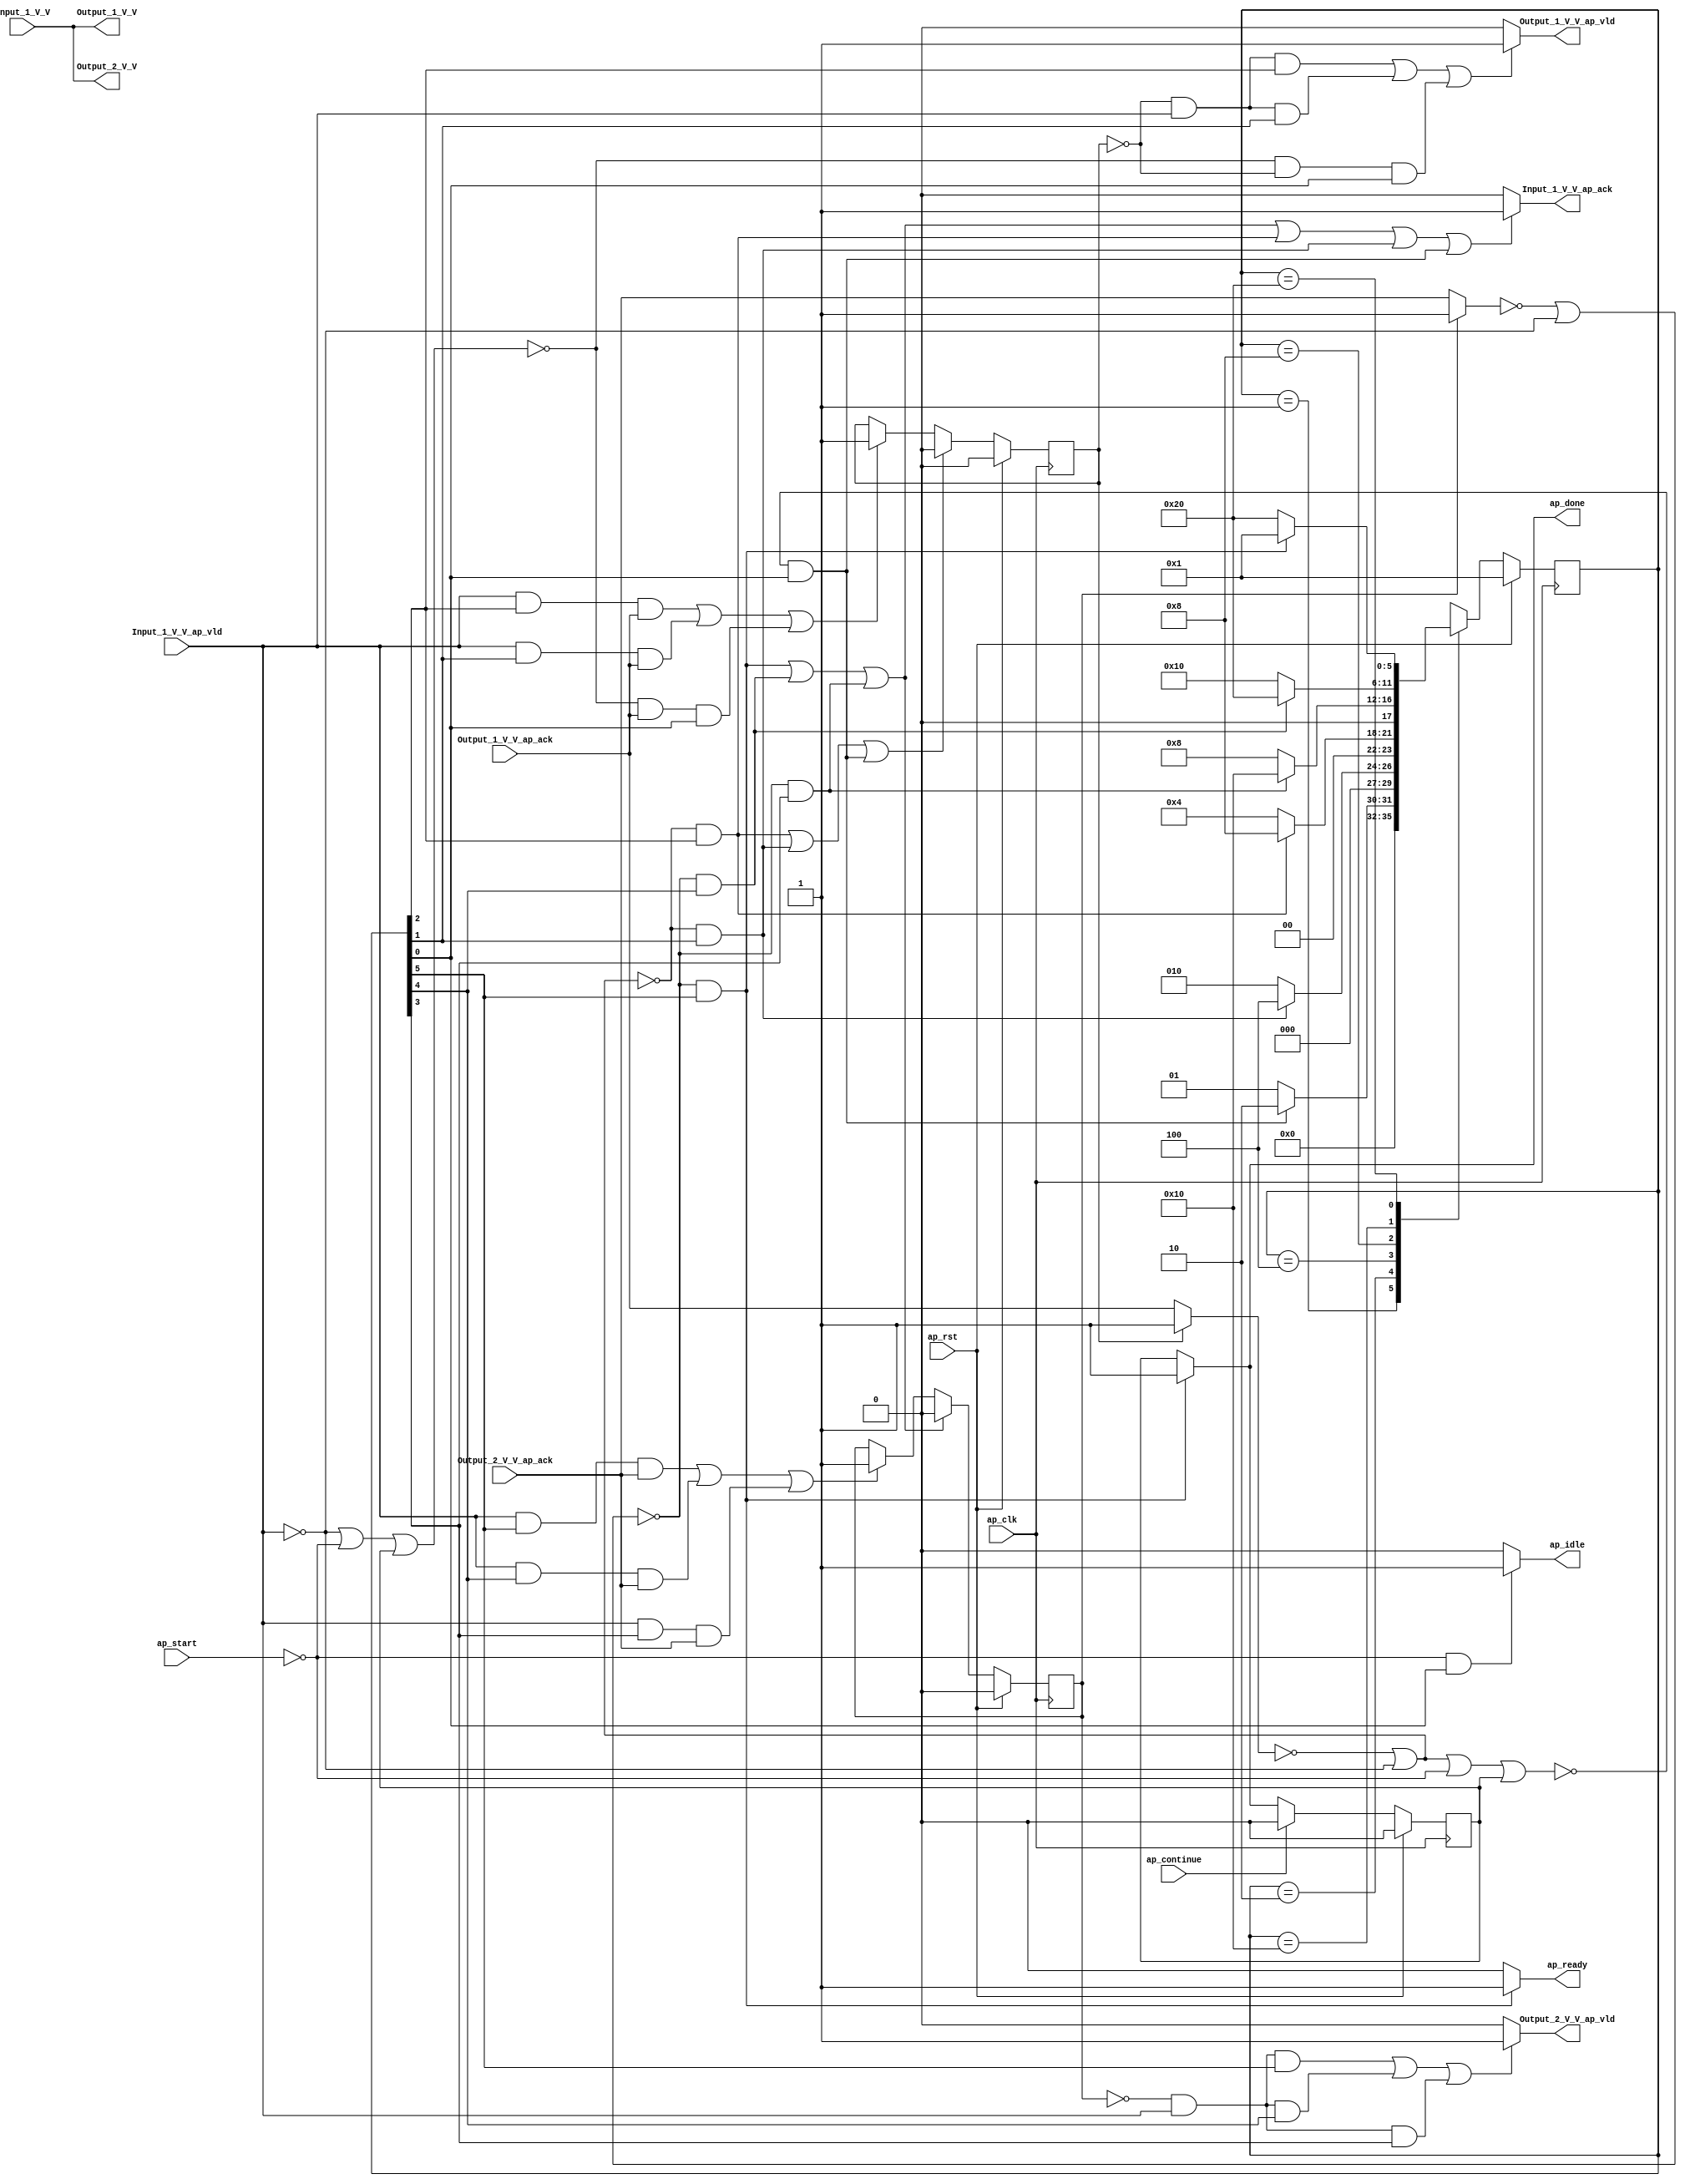
// ==============================================================
// RTL generated by Vivado(TM) HLS - High-Level Synthesis from C, C++ and SystemC
// Version: 2018.2
// Copyright (C) 1986-2018 Xilinx, Inc. All Rights Reserved.
// 
// ===========================================================

`timescale 1 ns / 1 ps 

module Block_proc13 (
        ap_clk,
        ap_rst,
        ap_start,
        ap_done,
        ap_continue,
        ap_idle,
        ap_ready,
        Input_1_V_V,
        Input_1_V_V_ap_vld,
        Input_1_V_V_ap_ack,
        Output_1_V_V,
        Output_1_V_V_ap_vld,
        Output_1_V_V_ap_ack,
        Output_2_V_V,
        Output_2_V_V_ap_vld,
        Output_2_V_V_ap_ack
);

parameter    ap_ST_fsm_state1 = 6'd1;
parameter    ap_ST_fsm_state2 = 6'd2;
parameter    ap_ST_fsm_state3 = 6'd4;
parameter    ap_ST_fsm_state4 = 6'd8;
parameter    ap_ST_fsm_state5 = 6'd16;
parameter    ap_ST_fsm_state6 = 6'd32;

input   ap_clk;
input   ap_rst;
input   ap_start;
output   ap_done;
input   ap_continue;
output   ap_idle;
output   ap_ready;
input  [31:0] Input_1_V_V;
input   Input_1_V_V_ap_vld;
output   Input_1_V_V_ap_ack;
output  [31:0] Output_1_V_V;
output   Output_1_V_V_ap_vld;
input   Output_1_V_V_ap_ack;
output  [31:0] Output_2_V_V;
output   Output_2_V_V_ap_vld;
input   Output_2_V_V_ap_ack;

reg ap_done;
reg ap_idle;
reg ap_ready;
reg Input_1_V_V_ap_ack;
reg Output_1_V_V_ap_vld;
reg Output_2_V_V_ap_vld;

reg    ap_done_reg;
(* fsm_encoding = "none" *) reg   [5:0] ap_CS_fsm;
wire    ap_CS_fsm_state1;
reg    Input_1_V_V_blk_n;
wire    ap_CS_fsm_state2;
wire    ap_CS_fsm_state3;
wire    ap_CS_fsm_state4;
wire    ap_CS_fsm_state5;
wire    ap_CS_fsm_state6;
reg    Output_1_V_V_blk_n;
reg    Output_2_V_V_blk_n;
reg    ap_block_state1;
reg    ap_sig_ioackin_Output_1_V_V_ap_ack;
reg    ap_sig_ioackin_Output_2_V_V_ap_ack;
reg    ap_reg_ioackin_Output_1_V_V_ap_ack;
reg    ap_reg_ioackin_Output_2_V_V_ap_ack;
reg   [5:0] ap_NS_fsm;

// power-on initialization
initial begin
#0 ap_done_reg = 1'b0;
#0 ap_CS_fsm = 6'd1;
#0 ap_reg_ioackin_Output_1_V_V_ap_ack = 1'b0;
#0 ap_reg_ioackin_Output_2_V_V_ap_ack = 1'b0;
end

always @ (posedge ap_clk) begin
    if (ap_rst == 1'b1) begin
        ap_CS_fsm <= ap_ST_fsm_state1;
    end else begin
        ap_CS_fsm <= ap_NS_fsm;
    end
end

always @ (posedge ap_clk) begin
    if (ap_rst == 1'b1) begin
        ap_done_reg <= 1'b0;
    end else begin
        if ((ap_continue == 1'b1)) begin
            ap_done_reg <= 1'b0;
        end else if ((~((ap_sig_ioackin_Output_2_V_V_ap_ack == 1'b0) | (1'b0 == Input_1_V_V_ap_vld)) & (1'b1 == ap_CS_fsm_state6))) begin
            ap_done_reg <= 1'b1;
        end
    end
end

always @ (posedge ap_clk) begin
    if (ap_rst == 1'b1) begin
        ap_reg_ioackin_Output_1_V_V_ap_ack <= 1'b0;
    end else begin
        if (((~((ap_sig_ioackin_Output_1_V_V_ap_ack == 1'b0) | (1'b0 == Input_1_V_V_ap_vld)) & (1'b1 == ap_CS_fsm_state3)) | (~((ap_sig_ioackin_Output_1_V_V_ap_ack == 1'b0) | (1'b0 == Input_1_V_V_ap_vld)) & (1'b1 == ap_CS_fsm_state2)) | (~((ap_sig_ioackin_Output_1_V_V_ap_ack == 1'b0) | (1'b0 == Input_1_V_V_ap_vld) | (ap_start == 1'b0) | (ap_done_reg == 1'b1)) & (1'b1 == ap_CS_fsm_state1)))) begin
            ap_reg_ioackin_Output_1_V_V_ap_ack <= 1'b0;
        end else if ((((1'b1 == Input_1_V_V_ap_vld) & (1'b1 == ap_CS_fsm_state3) & (1'b1 == Output_1_V_V_ap_ack)) | ((1'b1 == Input_1_V_V_ap_vld) & (1'b1 == ap_CS_fsm_state2) & (1'b1 == Output_1_V_V_ap_ack)) | (~((1'b0 == Input_1_V_V_ap_vld) | (ap_start == 1'b0) | (ap_done_reg == 1'b1)) & (1'b1 == Output_1_V_V_ap_ack) & (1'b1 == ap_CS_fsm_state1)))) begin
            ap_reg_ioackin_Output_1_V_V_ap_ack <= 1'b1;
        end
    end
end

always @ (posedge ap_clk) begin
    if (ap_rst == 1'b1) begin
        ap_reg_ioackin_Output_2_V_V_ap_ack <= 1'b0;
    end else begin
        if (((~((ap_sig_ioackin_Output_2_V_V_ap_ack == 1'b0) | (1'b0 == Input_1_V_V_ap_vld)) & (1'b1 == ap_CS_fsm_state6)) | (~((ap_sig_ioackin_Output_2_V_V_ap_ack == 1'b0) | (1'b0 == Input_1_V_V_ap_vld)) & (1'b1 == ap_CS_fsm_state5)) | (~((ap_sig_ioackin_Output_2_V_V_ap_ack == 1'b0) | (1'b0 == Input_1_V_V_ap_vld)) & (1'b1 == ap_CS_fsm_state4)))) begin
            ap_reg_ioackin_Output_2_V_V_ap_ack <= 1'b0;
        end else if ((((1'b1 == Input_1_V_V_ap_vld) & (1'b1 == ap_CS_fsm_state6) & (1'b1 == Output_2_V_V_ap_ack)) | ((1'b1 == Input_1_V_V_ap_vld) & (1'b1 == ap_CS_fsm_state5) & (1'b1 == Output_2_V_V_ap_ack)) | ((1'b1 == Input_1_V_V_ap_vld) & (1'b1 == ap_CS_fsm_state4) & (1'b1 == Output_2_V_V_ap_ack)))) begin
            ap_reg_ioackin_Output_2_V_V_ap_ack <= 1'b1;
        end
    end
end

always @ (*) begin
    if (((~((ap_sig_ioackin_Output_2_V_V_ap_ack == 1'b0) | (1'b0 == Input_1_V_V_ap_vld)) & (1'b1 == ap_CS_fsm_state6)) | (~((ap_sig_ioackin_Output_2_V_V_ap_ack == 1'b0) | (1'b0 == Input_1_V_V_ap_vld)) & (1'b1 == ap_CS_fsm_state5)) | (~((ap_sig_ioackin_Output_2_V_V_ap_ack == 1'b0) | (1'b0 == Input_1_V_V_ap_vld)) & (1'b1 == ap_CS_fsm_state4)) | (~((ap_sig_ioackin_Output_1_V_V_ap_ack == 1'b0) | (1'b0 == Input_1_V_V_ap_vld)) & (1'b1 == ap_CS_fsm_state3)) | (~((ap_sig_ioackin_Output_1_V_V_ap_ack == 1'b0) | (1'b0 == Input_1_V_V_ap_vld)) & (1'b1 == ap_CS_fsm_state2)) | (~((ap_sig_ioackin_Output_1_V_V_ap_ack == 1'b0) | (1'b0 == Input_1_V_V_ap_vld) | (ap_start == 1'b0) | (ap_done_reg == 1'b1)) & (1'b1 == ap_CS_fsm_state1)))) begin
        Input_1_V_V_ap_ack = 1'b1;
    end else begin
        Input_1_V_V_ap_ack = 1'b0;
    end
end

always @ (*) begin
    if (((1'b1 == ap_CS_fsm_state6) | (1'b1 == ap_CS_fsm_state5) | (1'b1 == ap_CS_fsm_state4) | (1'b1 == ap_CS_fsm_state3) | (1'b1 == ap_CS_fsm_state2) | (~((ap_start == 1'b0) | (ap_done_reg == 1'b1)) & (1'b1 == ap_CS_fsm_state1)))) begin
        Input_1_V_V_blk_n = Input_1_V_V_ap_vld;
    end else begin
        Input_1_V_V_blk_n = 1'b1;
    end
end

always @ (*) begin
    if ((((ap_reg_ioackin_Output_1_V_V_ap_ack == 1'b0) & (1'b1 == Input_1_V_V_ap_vld) & (1'b1 == ap_CS_fsm_state3)) | ((ap_reg_ioackin_Output_1_V_V_ap_ack == 1'b0) & (1'b1 == Input_1_V_V_ap_vld) & (1'b1 == ap_CS_fsm_state2)) | (~((1'b0 == Input_1_V_V_ap_vld) | (ap_start == 1'b0) | (ap_done_reg == 1'b1)) & (ap_reg_ioackin_Output_1_V_V_ap_ack == 1'b0) & (1'b1 == ap_CS_fsm_state1)))) begin
        Output_1_V_V_ap_vld = 1'b1;
    end else begin
        Output_1_V_V_ap_vld = 1'b0;
    end
end

always @ (*) begin
    if (((1'b1 == ap_CS_fsm_state3) | (1'b1 == ap_CS_fsm_state2) | (~((ap_start == 1'b0) | (ap_done_reg == 1'b1)) & (1'b1 == ap_CS_fsm_state1)))) begin
        Output_1_V_V_blk_n = Output_1_V_V_ap_ack;
    end else begin
        Output_1_V_V_blk_n = 1'b1;
    end
end

always @ (*) begin
    if ((((ap_reg_ioackin_Output_2_V_V_ap_ack == 1'b0) & (1'b1 == Input_1_V_V_ap_vld) & (1'b1 == ap_CS_fsm_state6)) | ((ap_reg_ioackin_Output_2_V_V_ap_ack == 1'b0) & (1'b1 == Input_1_V_V_ap_vld) & (1'b1 == ap_CS_fsm_state5)) | ((ap_reg_ioackin_Output_2_V_V_ap_ack == 1'b0) & (1'b1 == Input_1_V_V_ap_vld) & (1'b1 == ap_CS_fsm_state4)))) begin
        Output_2_V_V_ap_vld = 1'b1;
    end else begin
        Output_2_V_V_ap_vld = 1'b0;
    end
end

always @ (*) begin
    if (((1'b1 == ap_CS_fsm_state6) | (1'b1 == ap_CS_fsm_state5) | (1'b1 == ap_CS_fsm_state4))) begin
        Output_2_V_V_blk_n = Output_2_V_V_ap_ack;
    end else begin
        Output_2_V_V_blk_n = 1'b1;
    end
end

always @ (*) begin
    if ((~((ap_sig_ioackin_Output_2_V_V_ap_ack == 1'b0) | (1'b0 == Input_1_V_V_ap_vld)) & (1'b1 == ap_CS_fsm_state6))) begin
        ap_done = 1'b1;
    end else begin
        ap_done = ap_done_reg;
    end
end

always @ (*) begin
    if (((ap_start == 1'b0) & (1'b1 == ap_CS_fsm_state1))) begin
        ap_idle = 1'b1;
    end else begin
        ap_idle = 1'b0;
    end
end

always @ (*) begin
    if ((~((ap_sig_ioackin_Output_2_V_V_ap_ack == 1'b0) | (1'b0 == Input_1_V_V_ap_vld)) & (1'b1 == ap_CS_fsm_state6))) begin
        ap_ready = 1'b1;
    end else begin
        ap_ready = 1'b0;
    end
end

always @ (*) begin
    if ((ap_reg_ioackin_Output_1_V_V_ap_ack == 1'b0)) begin
        ap_sig_ioackin_Output_1_V_V_ap_ack = Output_1_V_V_ap_ack;
    end else begin
        ap_sig_ioackin_Output_1_V_V_ap_ack = 1'b1;
    end
end

always @ (*) begin
    if ((ap_reg_ioackin_Output_2_V_V_ap_ack == 1'b0)) begin
        ap_sig_ioackin_Output_2_V_V_ap_ack = Output_2_V_V_ap_ack;
    end else begin
        ap_sig_ioackin_Output_2_V_V_ap_ack = 1'b1;
    end
end

always @ (*) begin
    case (ap_CS_fsm)
        ap_ST_fsm_state1 : begin
            if ((~((ap_sig_ioackin_Output_1_V_V_ap_ack == 1'b0) | (1'b0 == Input_1_V_V_ap_vld) | (ap_start == 1'b0) | (ap_done_reg == 1'b1)) & (1'b1 == ap_CS_fsm_state1))) begin
                ap_NS_fsm = ap_ST_fsm_state2;
            end else begin
                ap_NS_fsm = ap_ST_fsm_state1;
            end
        end
        ap_ST_fsm_state2 : begin
            if ((~((ap_sig_ioackin_Output_1_V_V_ap_ack == 1'b0) | (1'b0 == Input_1_V_V_ap_vld)) & (1'b1 == ap_CS_fsm_state2))) begin
                ap_NS_fsm = ap_ST_fsm_state3;
            end else begin
                ap_NS_fsm = ap_ST_fsm_state2;
            end
        end
        ap_ST_fsm_state3 : begin
            if ((~((ap_sig_ioackin_Output_1_V_V_ap_ack == 1'b0) | (1'b0 == Input_1_V_V_ap_vld)) & (1'b1 == ap_CS_fsm_state3))) begin
                ap_NS_fsm = ap_ST_fsm_state4;
            end else begin
                ap_NS_fsm = ap_ST_fsm_state3;
            end
        end
        ap_ST_fsm_state4 : begin
            if ((~((ap_sig_ioackin_Output_2_V_V_ap_ack == 1'b0) | (1'b0 == Input_1_V_V_ap_vld)) & (1'b1 == ap_CS_fsm_state4))) begin
                ap_NS_fsm = ap_ST_fsm_state5;
            end else begin
                ap_NS_fsm = ap_ST_fsm_state4;
            end
        end
        ap_ST_fsm_state5 : begin
            if ((~((ap_sig_ioackin_Output_2_V_V_ap_ack == 1'b0) | (1'b0 == Input_1_V_V_ap_vld)) & (1'b1 == ap_CS_fsm_state5))) begin
                ap_NS_fsm = ap_ST_fsm_state6;
            end else begin
                ap_NS_fsm = ap_ST_fsm_state5;
            end
        end
        ap_ST_fsm_state6 : begin
            if ((~((ap_sig_ioackin_Output_2_V_V_ap_ack == 1'b0) | (1'b0 == Input_1_V_V_ap_vld)) & (1'b1 == ap_CS_fsm_state6))) begin
                ap_NS_fsm = ap_ST_fsm_state1;
            end else begin
                ap_NS_fsm = ap_ST_fsm_state6;
            end
        end
        default : begin
            ap_NS_fsm = 'bx;
        end
    endcase
end

assign Output_1_V_V = Input_1_V_V;

assign Output_2_V_V = Input_1_V_V;

assign ap_CS_fsm_state1 = ap_CS_fsm[32'd0];

assign ap_CS_fsm_state2 = ap_CS_fsm[32'd1];

assign ap_CS_fsm_state3 = ap_CS_fsm[32'd2];

assign ap_CS_fsm_state4 = ap_CS_fsm[32'd3];

assign ap_CS_fsm_state5 = ap_CS_fsm[32'd4];

assign ap_CS_fsm_state6 = ap_CS_fsm[32'd5];

always @ (*) begin
    ap_block_state1 = ((1'b0 == Input_1_V_V_ap_vld) | (ap_start == 1'b0) | (ap_done_reg == 1'b1));
end

endmodule //Block_proc13